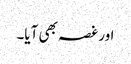
اور غصہ بھی آیا۔